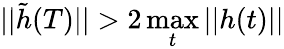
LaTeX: ||\tilde{h}(T)||>2\operatorname*{max}_{t}||h(t)||